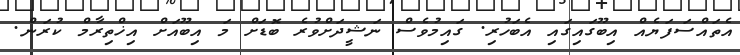
އެތައްސަފަޔެއް އިބޫގައިގައި އެބަހުރި. ގައިމުވެސް ނަޝީދަށްވުރެ ބޮޑަށް މަ އިބޫއަށް އިޚްތިރާމް ކުރަން.